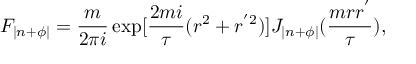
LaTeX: F _ { | n + \phi | } = \frac { m } { 2 \pi i } \exp [ \frac { 2 m i } { \tau } ( r ^ { 2 } + r ^ { ' 2 } ) ] J _ { | n + \phi | } ( \frac { m r r ^ { ' } } { \tau } ) ,